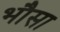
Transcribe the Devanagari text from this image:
भौसा